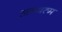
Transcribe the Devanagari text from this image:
अन्यत्म